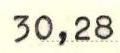
30,28